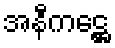
အနီကဋ္ဌေ